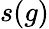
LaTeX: s(g)